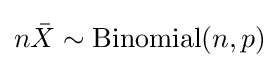
n{\bar {X}}\sim \operatorname {Binomial} (n,p)